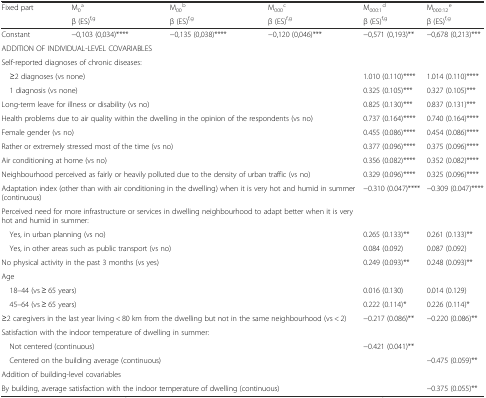
<table><thead><tr><td rowspan="2"><b>Fixed part</b></td><td><b>M<sub>0</sub><sup>a</sup></b></td><td><b>M<sub>00</sub><sup>b</sup></b></td><td><b>M<sub>000</sub><sup>c</sup></b></td><td><b>M<sub>000:1</sub><sup>d</sup></b></td><td><b>M<sub>000:12</sub><sup>e</sup></b></td></tr><tr><td><b>β (ES)<sup>f,g</sup></b></td><td><b>β (ES)<sup>f,g</sup></b></td><td><b>β (ES)<sup>f,g</sup></b></td><td><b>β (ES)<sup>f,g</sup></b></td><td><b>β (ES)<sup>f,g</sup></b></td></tr></thead><tbody><tr><td>Constant</td><td>−0,103 (0,034)****</td><td>−0,135 (0,038)****</td><td>−0,120 (0,046)***</td><td>−0,571 (0,193)**</td><td>−0,678 (0,213)***</td></tr><tr><td colspan="4">ADDITION OF INDIVIDUAL-LEVEL COVARIABLES</td><td></td><td></td></tr><tr><td colspan="4">Self-reported diagnoses of chronic diseases:</td><td></td><td></td></tr><tr><td colspan="4"> ≥2 diagnoses (vs none)</td><td>1.010 (0.110)****</td><td>1.014 (0.110)****</td></tr><tr><td colspan="4"> 1 diagnosis (vs none)</td><td>0.325 (0.105)***</td><td>0.327 (0.105)***</td></tr><tr><td colspan="4">Long-term leave for illness or disability (vs no)</td><td>0.825 (0.130)***</td><td>0.837 (0.131)***</td></tr><tr><td colspan="4">Health problems due to air quality within the dwelling in the opinion of the respondents (vs no)</td><td>0.737 (0.164)****</td><td>0.740 (0.164)****</td></tr><tr><td colspan="4">Female gender (vs no)</td><td>0.455 (0.086)****</td><td>0.454 (0.086)****</td></tr><tr><td colspan="4">Rather or extremely stressed most of the time (vs no)</td><td>0.377 (0.096)****</td><td>0.375 (0.096)****</td></tr><tr><td colspan="4">Air conditioning at home (vs no)</td><td>0.356 (0.082)****</td><td>0.352 (0.082)****</td></tr><tr><td colspan="4">Neighbourhood perceived as fairly or heavily polluted due to the density of urban traffic (vs no)</td><td>0.329 (0.096)****</td><td>0.325 (0.096)****</td></tr><tr><td colspan="4">Adaptation index (other than with air conditioning in the dwelling) when it is very hot and humid in summer (continuous)</td><td>−0.310 (0.047)****</td><td>−0.309 (0.047)****</td></tr><tr><td colspan="4">Perceived need for more infrastructure or services in dwelling neighbourhood to adapt better when it is very hot and humid in summer:</td><td></td><td></td></tr><tr><td colspan="4"> Yes, in urban planning (vs no)</td><td>0.265 (0.133)**</td><td>0.261 (0.133)**</td></tr><tr><td colspan="4"> Yes, in other areas such as public transport (vs no)</td><td>0.084 (0.092)</td><td>0.087 (0.092)</td></tr><tr><td colspan="4">No physical activity in the past 3 months (vs yes)</td><td>0.249 (0.093)**</td><td>0.248 (0.093)**</td></tr><tr><td colspan="4">Age</td><td></td><td></td></tr><tr><td colspan="4"> 18–44 (vs ≥ 65 years)</td><td>0.016 (0.130)</td><td>0.014 (0.129)</td></tr><tr><td colspan="4"> 45–64 (vs ≥ 65 years)</td><td>0.222 (0.114)*</td><td>0.226 (0.114)*</td></tr><tr><td colspan="4">≥2 caregivers in the last year living &lt; 80 km from the dwelling but not in the same neighbourhood (vs &lt; 2)</td><td>−0.217 (0.086)**</td><td>−0.220 (0.086)**</td></tr><tr><td colspan="4">Satisfaction with the indoor temperature of dwelling in summer:</td><td></td><td></td></tr><tr><td colspan="4"> Not centered (continuous)</td><td>−0.421 (0.041)**</td><td></td></tr><tr><td colspan="4"> Centered on the building average (continuous)</td><td></td><td>−0.475 (0.059)**</td></tr><tr><td colspan="4">Addition of building-level covariables</td><td></td><td></td></tr><tr><td colspan="4">By building, average satisfaction with the indoor temperature of dwelling (continuous)</td><td></td><td>−0.375 (0.055)**</td></tr></tbody></table>